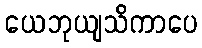
ယေဘုယျသိကာပေ